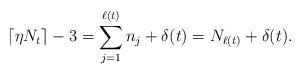
LaTeX: \begin{align*}\lceil \eta N_t\rceil -3 = \sum_{j=1}^{\ell(t)} n_j + \delta(t) = N_{\ell(t)}+\delta(t).\end{align*}